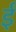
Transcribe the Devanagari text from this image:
ईँ